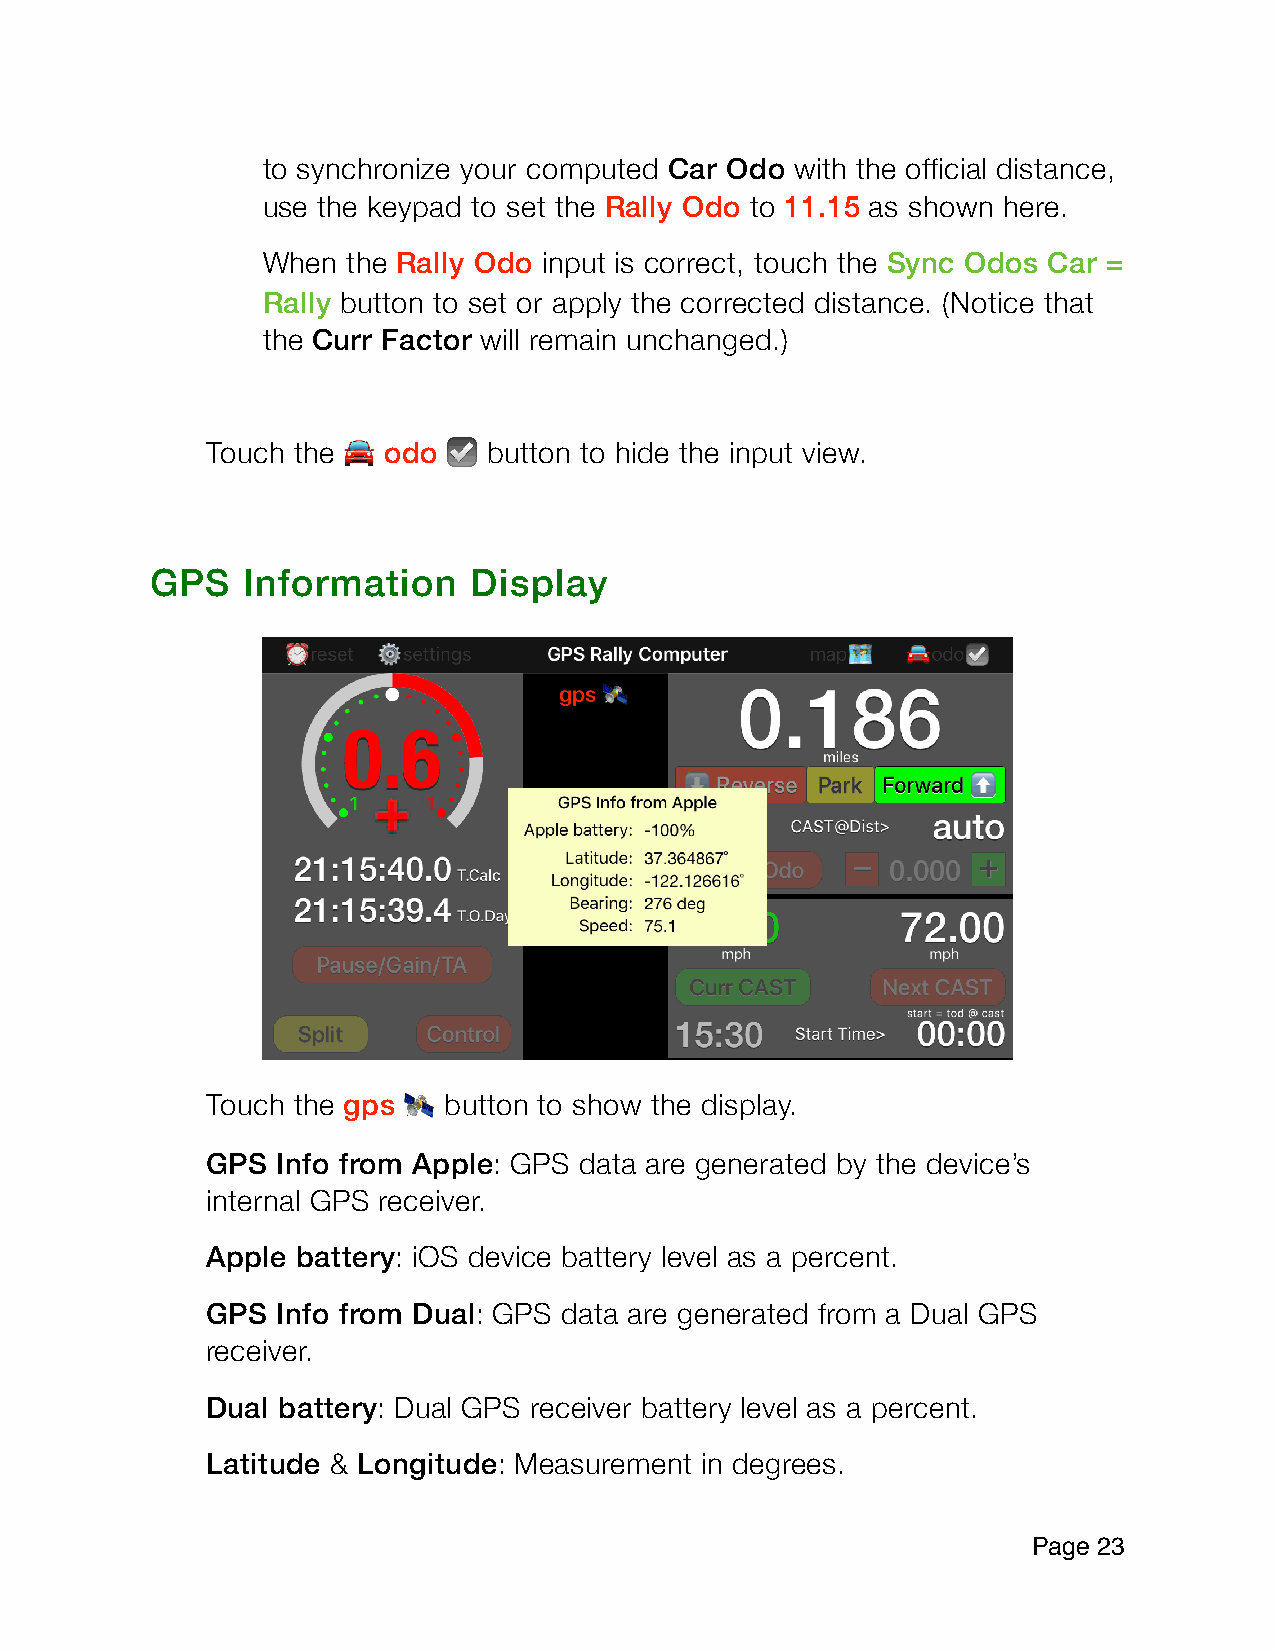
to synchronize your computed Car Odo with the official distance,
 use the keypad to set the Rally Odo to 11.15 as shown here.
 When  the Rally Odo input is correct, touch the Sync Odos Car =
 Rally button to set or apply the corrected distance. (Notice that
 the Curr Factor will remain unchanged.)
 Touch the  odo    button to hide the input view.
 🚘      ☑
 GPS   Information    Display
 Touch the gps  button to show the display.
 🛰
 GPS Info from Apple: GPS data are generated by the device’s
 internal GPS receiver.
 Apple battery: iOS device battery level as a percent.
 GPS Info from Dual: GPS data are generated from a Dual GPS
 receiver.
 Dual battery: Dual GPS receiver battery level as a percent.
 Latitude & Longitude: Measurement in degrees.
 Page 2 3